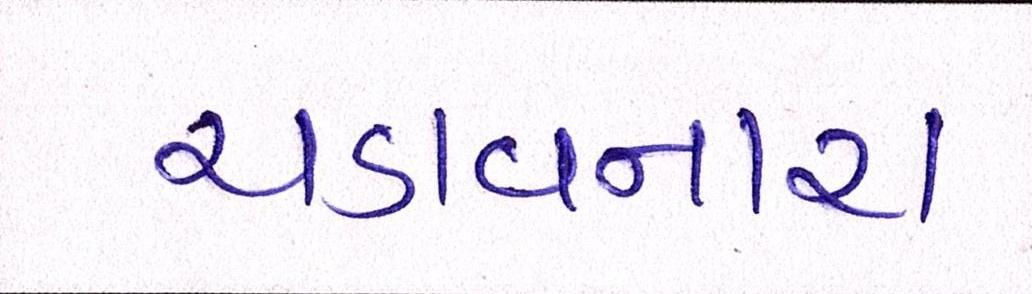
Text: ચડાવનારા